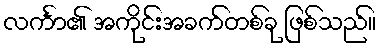
လင်္ကာ၏ အကိုင်းအခက်တစ်ခု ဖြစ်သည်။